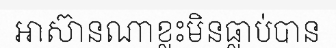
អាស៊ានណាខ្លះមិនធ្លាប់បាន